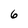
Character: 6